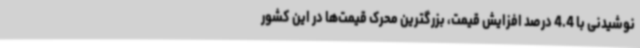
نوشیدنی با 4.4 درصد افزایش قیمت، بزرگترین محرک قیمت‌ها در این کشور